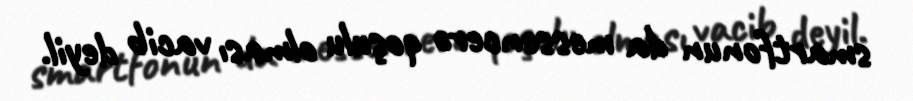
smartfonun da messencerə qoşulu olması vacib deyil.